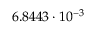
6 . 8 4 4 3 \cdot 1 0 ^ { - 3 }